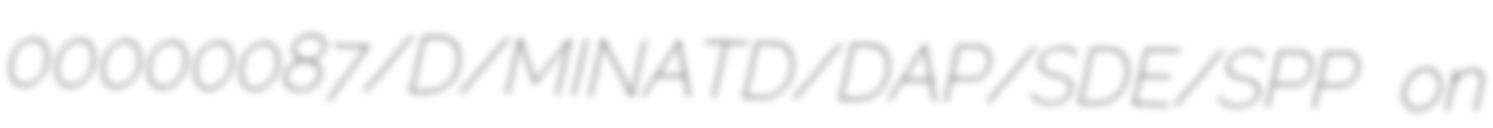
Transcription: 00000087/D/MINATD/DAP/SDE/SPP on